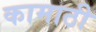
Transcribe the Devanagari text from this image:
कामाठी